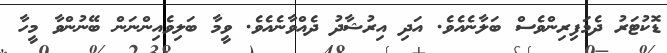
ޑޮކުޓަރު ދެމަފިރިންވެސް ބަލާނެއެވެ. އަދި އިރުޝާދު ދެއްވާނެއެވެ. ވީމާ ބަލިވެއިންނަން ބޭނުންވާ މީހާ